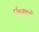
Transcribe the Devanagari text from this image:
र्क्रियाओं